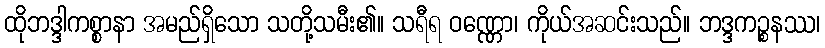
ထိုဘဒ္ဒါကစ္စာနာ အမည်ရှိသော သတို့သမီး၏။ သရီရ ဝဏ္ဏော၊ ကိုယ်အဆင်းသည်။ ဘဒ္ဒကဉ္စနဿ၊